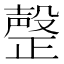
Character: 𣫆